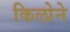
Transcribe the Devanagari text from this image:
किलोने